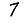
Digit: 7